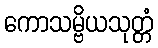
ကောသမ္ဗိယသုတ္တံ